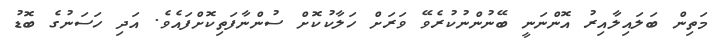
މަތިން ބަލައިލާއިރު އޮންނަނީ ބޭނުންނުކުރެވޭ ވަރަށް ހަލާކުކޮށް ސުންނާފަތިކޮށްފައެވެ. އަދި ހަސަނުގެ ބޮޑު